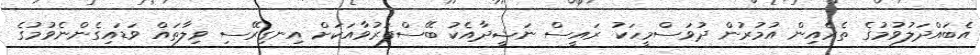
އެބައްދަލުވުމުގެ ތެރެއިން އުމުރުން ދުވަސްމީހަކު ރައީސް ނަޝީދާއެކު ބޭސްފަރުވާއަކަށް އިނގިރޭސި ވިލާތައް ވަޑައިގެންނެވުމުގެ